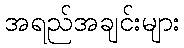
အရည်အချင်းများ